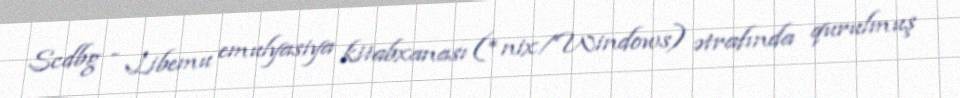
Scdbg - Libemu emulyasiya kitabxanası (*nix/Windows) ətrafında qurulmuş